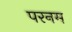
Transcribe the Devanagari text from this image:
परनम